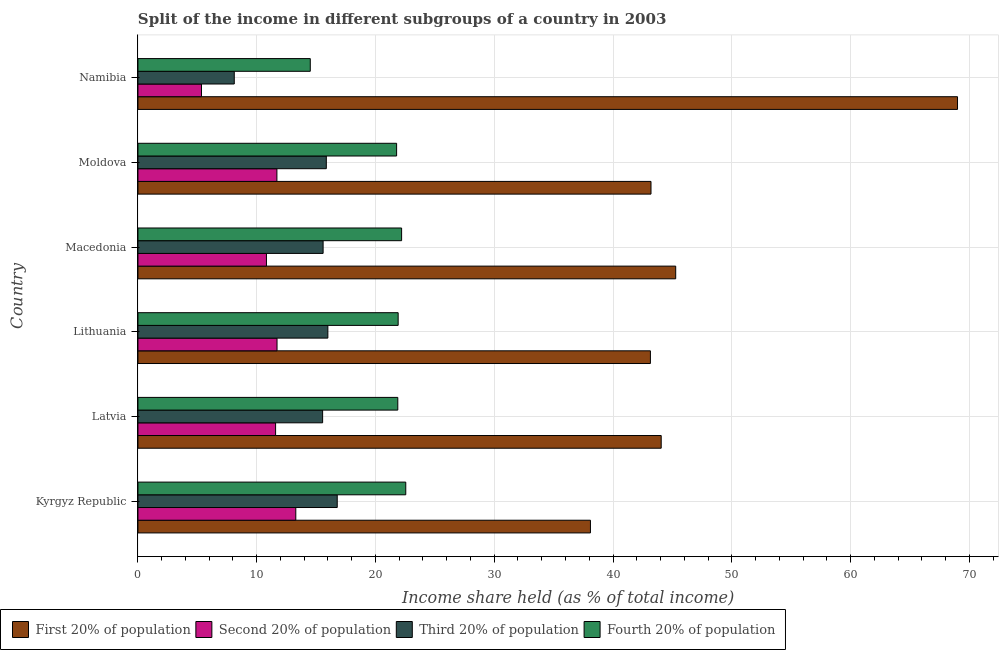
| Country | First 20% of population | Second 20% of population | Third 20% of population | Fourth 20% of population |
 | --- | --- | --- | --- | --- |
 | Kyrgyz Republic | 38.1 | 13.3 | 16.8 | 22.6 |
 | Latvia | 44.1 | 11.6 | 15.6 | 21.9 |
 | Lithuania | 43.1 | 11.7 | 16 | 21.9 |
 | Macedonia | 45.3 | 10.8 | 15.6 | 22.2 |
 | Moldova | 43.2 | 11.7 | 15.9 | 21.8 |
 | Namibia | 69 | 5.35 | 8.11 | 14.5 |